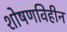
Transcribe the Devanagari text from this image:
शोषणविहीन